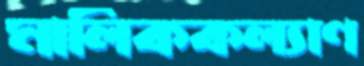
মালিককল্যাণ